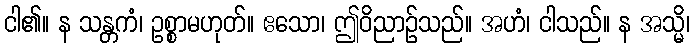
ငါ၏။ န သန္တကံ၊ ဥစ္စာမဟုတ်။ ဧသော၊ ဤဝိညာဉ်သည်။ အဟံ၊ ငါသည်။ န အသ္မိ၊